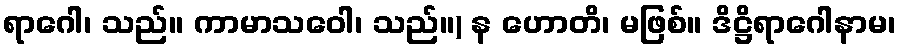
ရာဂေါ၊ သည်။ ကာမာသဝေါ၊ သည်။) န ဟောတိ၊ မဖြစ်။ ဒိဋ္ဌိရာဂေါနာမ၊